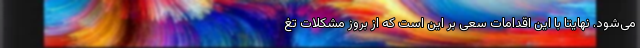
می‌شود. نهایتا با این اقدامات سعی بر این است که از بروز مشکلات تغ